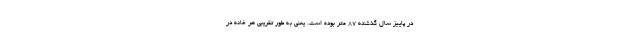
در پاییز سال گذشته ۸۷ متر بوده است. یعنی به طور تقریبی هر خانه در